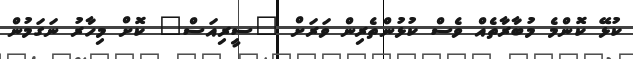
ކުޅޭ ކޮންމެ މުބާރާތެއް ވެސް ކުޅުންތެރިން ވަރަށް "ސީރިއަސް" ކޮށް މިހާރު ނަގަމުން